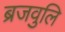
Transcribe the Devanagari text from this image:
ब्रजवुलि